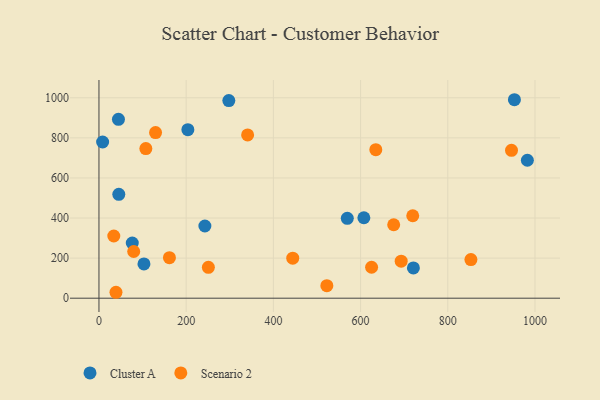
{"axis": {"x": "Ad Spend", "y": "Fuel Efficiency"}, "legend": ["Cluster A", "Scenario 2"], "data": [{"x": "45.5", "y": 518.3, "type": "Cluster A"}, {"x": "103.2", "y": 170.9, "type": "Cluster A"}, {"x": "44.7", "y": 892.7, "type": "Cluster A"}, {"x": "952.8", "y": 990.3, "type": "Cluster A"}, {"x": "76.4", "y": 275.5, "type": "Cluster A"}, {"x": "607.5", "y": 401.4, "type": "Cluster A"}, {"x": "242.9", "y": 360.1, "type": "Cluster A"}, {"x": "569.5", "y": 398.7, "type": "Cluster A"}, {"x": "982.5", "y": 688.3, "type": "Cluster A"}, {"x": "203.9", "y": 840.9, "type": "Cluster A"}, {"x": "297.8", "y": 986.3, "type": "Cluster A"}, {"x": "8.4", "y": 779.3, "type": "Cluster A"}, {"x": "721.1", "y": 151.0, "type": "Cluster A"}, {"x": "634.9", "y": 741.1, "type": "Scenario 2"}, {"x": "79.7", "y": 232.9, "type": "Scenario 2"}, {"x": "250.9", "y": 154.1, "type": "Scenario 2"}, {"x": "625.2", "y": 154.3, "type": "Scenario 2"}, {"x": "107.5", "y": 746.6, "type": "Scenario 2"}, {"x": "34.0", "y": 310.3, "type": "Scenario 2"}, {"x": "719.6", "y": 411.4, "type": "Scenario 2"}, {"x": "522.6", "y": 62.2, "type": "Scenario 2"}, {"x": "340.9", "y": 814.7, "type": "Scenario 2"}, {"x": "675.9", "y": 366.5, "type": "Scenario 2"}, {"x": "853.0", "y": 192.6, "type": "Scenario 2"}, {"x": "161.6", "y": 202.2, "type": "Scenario 2"}, {"x": "39.0", "y": 29.5, "type": "Scenario 2"}, {"x": "946.1", "y": 737.8, "type": "Scenario 2"}, {"x": "129.8", "y": 826.2, "type": "Scenario 2"}, {"x": "444.4", "y": 199.6, "type": "Scenario 2"}, {"x": "693.1", "y": 184.9, "type": "Scenario 2"}]}